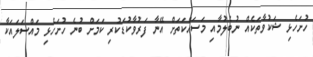
ހުށަހެޅި ޝަކުވާތަކެއް ނުބެލުމާއި މަަސައްކަތަށް އޭނާ ފަރުވާކުޑަކުރި ކަމަށް ބުނެ ހުށަހެޅި މައްސަލައަކާ